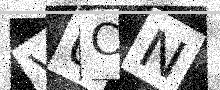
Text: V0CN